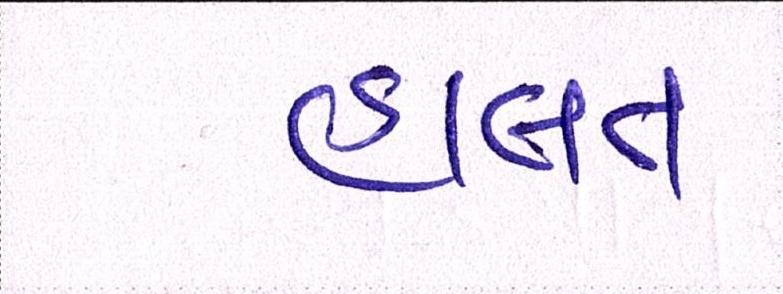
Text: હાલત